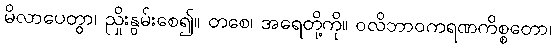
မိလာပေတွာ၊ ညှိုးနွမ်းစေ၍။ တစေ၊ အရေတို့ကို။ ဝလိဘာဝကရဏကိစ္စတော၊